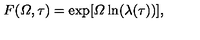
F ( { \mit \Omega } , \tau ) = \exp [ { \mit \Omega } \ln ( \lambda ( \tau ) ) ] ,